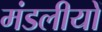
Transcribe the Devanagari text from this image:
मंडलीयों